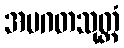
အပဂတသုတ္တံ